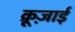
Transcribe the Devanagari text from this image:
क्रूज़ाई